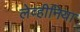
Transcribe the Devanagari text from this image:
लेव्हीनिया